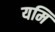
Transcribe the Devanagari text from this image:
यमि